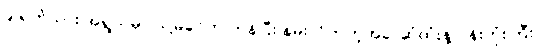
၉-ရက်သား အရွယ်မှာ သူ့မိခင်က ကုန်ပြီး နမ်းလိုက်တဲ့အခါ ဆံထုံးနဲ့ ပန်းကုံးကြီး